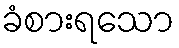
ခံစားရသော